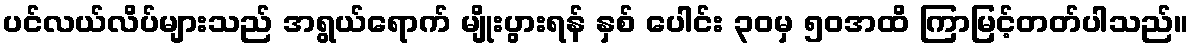
ပင်လယ်လိပ်များသည် အရွယ်ရောက် မျိုးပွားရန် နှစ် ပေါင်း ၃၀မှ ၅၀အထိ ကြာမြင့်တတ်ပါသည်။